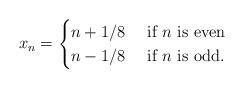
LaTeX: \begin{align*} x_n= \begin{cases} n+1/8\ &\textrm{if $n$ is even}\\ n-1/8\ &\textrm{if $n$ is odd.} \end{cases}\end{align*}